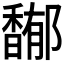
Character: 𩡏